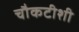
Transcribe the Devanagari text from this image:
चौकटीशी